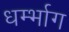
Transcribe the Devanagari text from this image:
धर्म्भाग